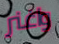
واغنر